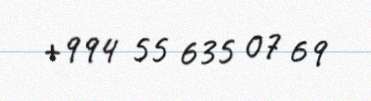
+994 55 635 07 69